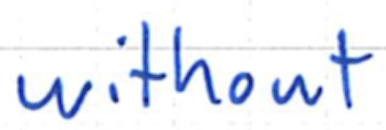
Text: without
Cross-out: clean
Writing tool: ballpoint